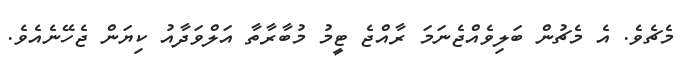
މެޗެވެ. އެ މެޗުން ބަލިވެއްޖެނަމަ ރާއްޖެ ޓީމު މުބާރާތާ އަލްވަދާއު ކިޔަން ޖެހޭނެއެވެ.